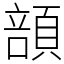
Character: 䫓